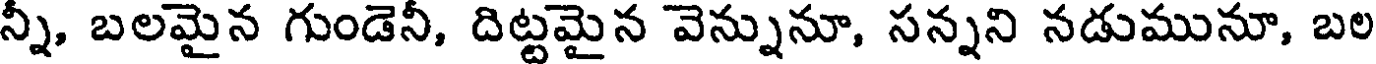
న్నీ, బలమైన గుండెనీ, దిట్టమైన వెన్నునూ, సన్నని నడుమునూ, బల